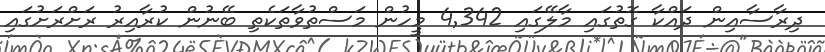
ދިރާސާއިން ދައްކާ ގޮތުގައި މާލޭގައި 4